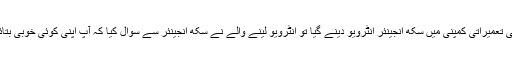
کسی تعمیراتی کمپنی میں سکھ انجینئر انٹرویو دینے گیا تو انٹرویو لینے والے نے سکھ انجینئر سے سوال کیا کہ آپ اپنی کوئی خوبی بتائیں۔